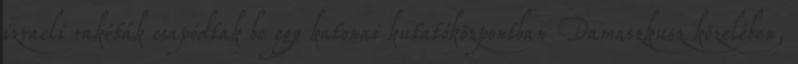
izraeli rakéták csapódtak be egy katonai kutatóközpontban Damaszkusz közelében,